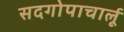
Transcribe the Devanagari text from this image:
सदगोपाचार्लू